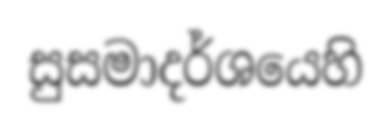
සුසමාදර්ශයෙහි